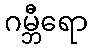
ဂမ္ဘီရော